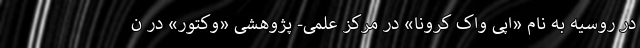
در روسیه به نام «اپی واک کرونا» در مرکز علمی- پژوهشی «وکتور» در ن